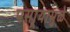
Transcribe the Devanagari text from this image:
पसार्‍यामुळे